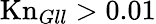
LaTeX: \mathrm{Kn}_{Gll}>0.01